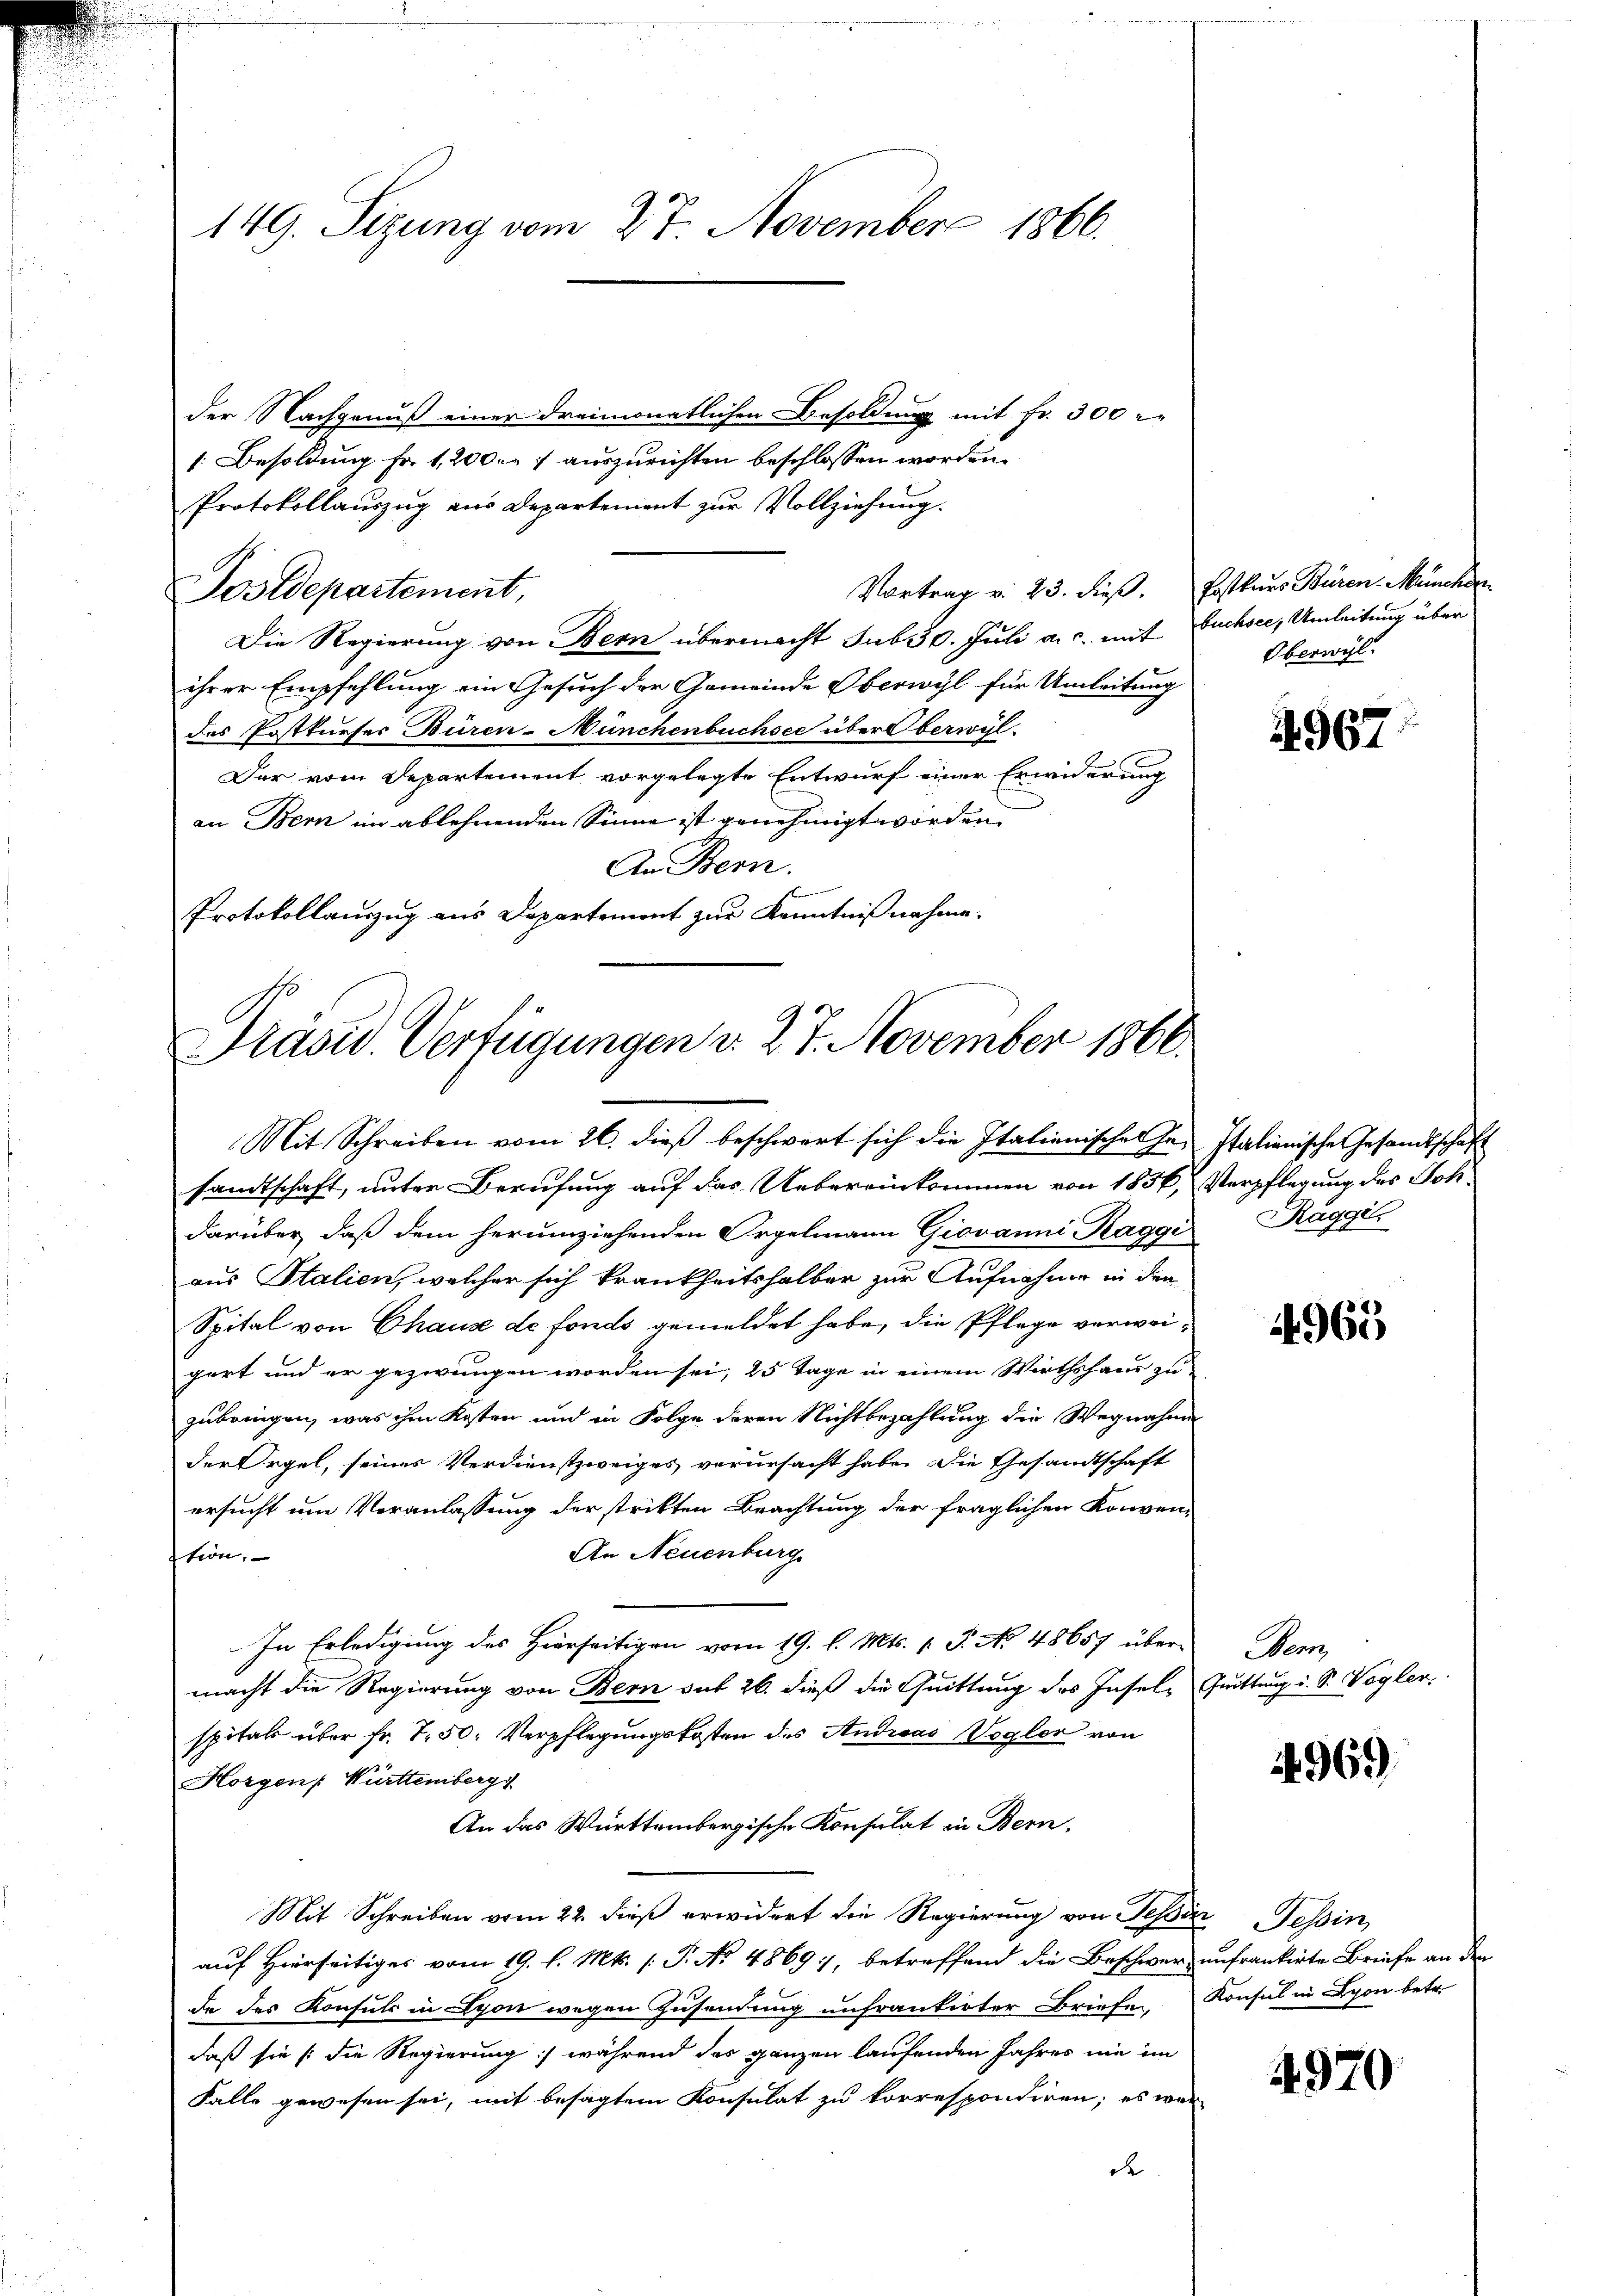
149. Sizung vom 27. November 1866.

der Nachgenuß einer dreimonatlichen Besoldung mit Fr. 300 r
1. Besoldung Fr. 1,200. r 7 auszurichten beschlossen worden.
Protokollauszug aus Departement zur Vollziehung.
Vortrag v. 23. dieβ. Postkurs Büren Müncher
Postdepartement,
Die Regierung von Bern übermacht sub 30. Juli a. c. mit Fuchsee, Umleitung über
ihrer Empfehlung ein Gesuch der Gemeinde Oberwyl für Umleitung
des Postkurses Büren-Münchenbuchsee über Oberwyl-
Der vom Departement vorgelegte Entwurf einer Erwiderung
an Bern im ablehnenden Sinne ist genehmigt worden.
An Bern.
Protokollauszug aus Departement zur Kenntnißnahme.

Präsid. Verfügungen v. 27. November 1866.
Mit Schreiben vom 26. dieβ beschwert sich die Italienische In- Italienische Gesandtschaft

sandtschaft, unter Berufung auf das Uebereinkommen von 1856, Verpflegung des Joh
darüber, daß dem herumziehenden Orgelmann Giovanni Raggi Ragger
aus Stalien, welcher sich krankheitshalber zur Aufnahme in den
Spital von Chause de fonds gemeldet habe, die Pflege verweigart und er gezwungen worden sei, 25 Tage in einem Wirthshaus zu
zubringen, was ihm Kosten und in Folge deren Nichtbezahlung die Wegnahme
der Orgel, seines Verdienstzweiges verursacht habe. Die Gesandtschaft
ersucht um Veranlassung der strikten Beachtung der fraglichen Konven-
An Neuenburg
stion,
In Erledigung des Hierseitigen vom 19. l. Mts. (T. No. 48657 über-
macht die Regierung von Bern sub 26. dieß die Quittung des Inseln Quittung u. S. Vögler
spital über fr. 7. 50. Verpflegungskosten des Andreas Vogler von
Horgen Württemberg
An das Württembergische Konsulat in Bern,
Mit Schreiben vom 22. dieß erwidert die Regierung von Tessin Tessin
auf Hierseitiges vom 19. l. Mts. (T. No. 4869, betreffend die Beschwer unfrankirte Briefe an den
de des Konsuls in Lyon wegen Zusendung unfrankirter Briefe Konsul in Lyon betr.
daß sie /:die Regierung während das ganzen laufenden Jahres nie im
Falle gewesen sei, mit besagtem Konsulat zu korrespondiren; es wer
de

Oberwyl

4967.

4965

en

4969

4970